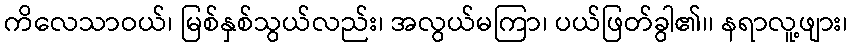
ကိလေသာဝယ်၊ မြစ်နှစ်သွယ်လည်း၊ အလွယ်မကြာ၊ ပယ်ဖြတ်ခွါ၏၊၊ နရာလူ့ဖျား၊